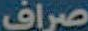
صراف